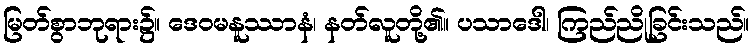
မြတ်စွာဘုရား၌။ ဒေဝမနူဿာနံ၊ နတ်လူတို့၏။ ပသာဒေါ၊ ကြည်ညိုခြင်းသည်။